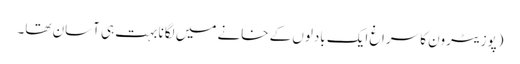
(پوزیٹرون کا سراغ ایک بادلوں کے خانے میں لگانا بہت ہی آسان تھا۔